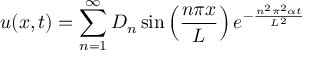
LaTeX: u ( x , t ) = \sum _ { n = 1 } ^ { \infty } D _ { n } \sin \left( { \frac { n \pi x } { L } } \right) e ^ { - { \frac { n ^ { 2 } \pi ^ { 2 } \alpha t } { L ^ { 2 } } } }